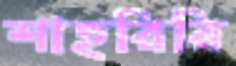
শাহরিরি